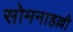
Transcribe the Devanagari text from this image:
सोमनाहल्ली